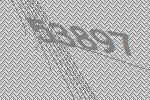
53897